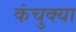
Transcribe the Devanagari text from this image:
कंचुक्या